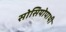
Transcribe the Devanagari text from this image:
सोसियोपाथी